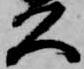
久